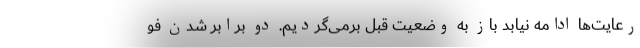
رعایت‌ها ادامه نیابد باز به وضعیت قبل برمی‌گردیم. دو برابر شدن فو